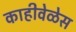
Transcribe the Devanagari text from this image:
काहीवेळेस